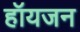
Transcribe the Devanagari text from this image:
हॉयजन